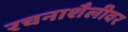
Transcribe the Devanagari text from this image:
रचनाशैलीवर